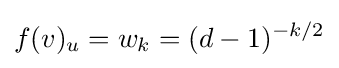
f(v)_{u}=w_{k}=(d-1)^{-k/2}